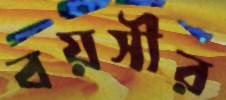
বয়সীর